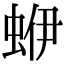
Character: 蛜